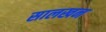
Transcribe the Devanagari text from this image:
सालखन